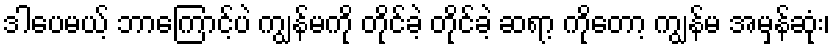
ဒါပေမယ့် ဘာကြောင့်ပဲ ကျွန်မကို တိုင်ခဲ့ တိုင်ခဲ့ ဆရာ့ ကိုတော့ ကျွန်မ အမှန်ဆုံး၊